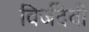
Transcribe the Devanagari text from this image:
विर्जदेवी